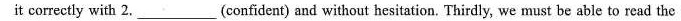
it correctly with 2. ___(confident) and without hesitation. Thirdly, we must be able to read the